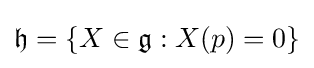
{\mathfrak {h}}=\{X\in {\mathfrak {g}}:X(p)=0\}